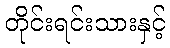
တိုင်းရင်းသားနှင့်